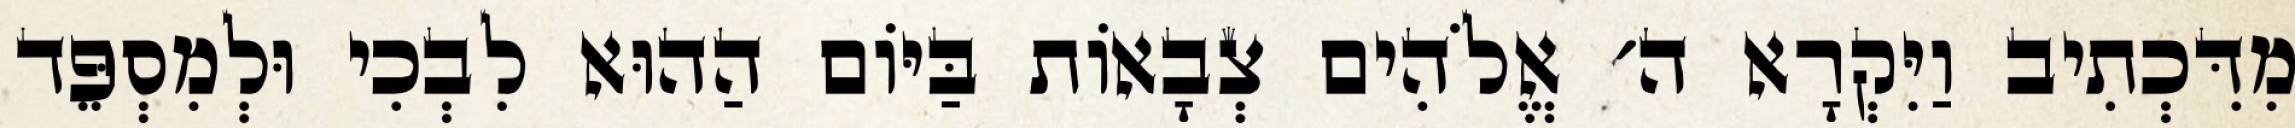
מִדִּכְתִיב וַיִּקְרָא ה׳ אֱלֹהִים צְבָאוֹת בַּיּוֹם הַהוּא לִבְכִי וּלְמִסְפֵּד